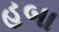
હબા